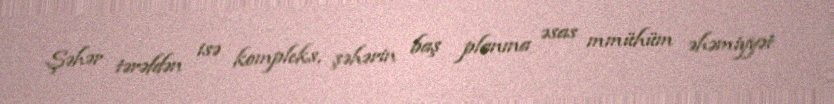
Şəhər tərəfdən isə kompleks, şəhərin baş planına əsas mmühüm əhəmiyyət